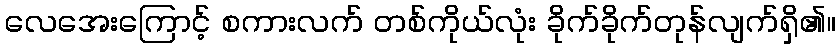
လေအေးကြောင့် စကားလက် တစ်ကိုယ်လုံး ခိုက်ခိုက်တုန်လျက်ရှိ၏။